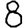
Digit: 8